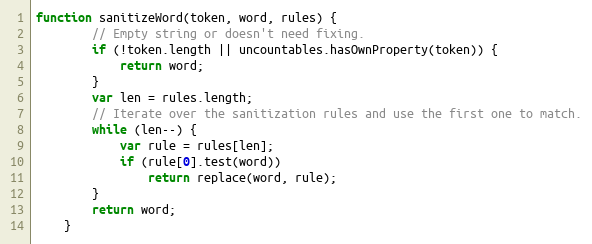
Language: JavaScript
function sanitizeWord(token, word, rules) {
        // Empty string or doesn't need fixing.
        if (!token.length || uncountables.hasOwnProperty(token)) {
            return word;
        }
        var len = rules.length;
        // Iterate over the sanitization rules and use the first one to match.
        while (len--) {
            var rule = rules[len];
            if (rule[0].test(word))
                return replace(word, rule);
        }
        return word;
    }